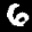
Label: 6